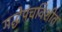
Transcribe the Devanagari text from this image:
गद्धेपंचविशीत